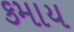
કમાય